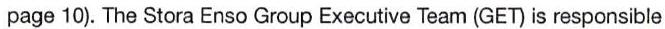
page 10). The Stora Enso Group Executive Team (GET) is responsible